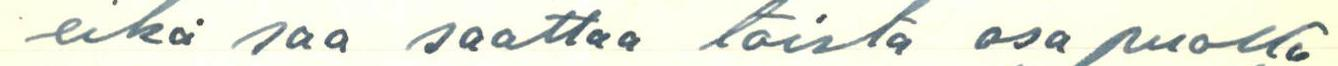
eikä saa saattaa toista osapuolta